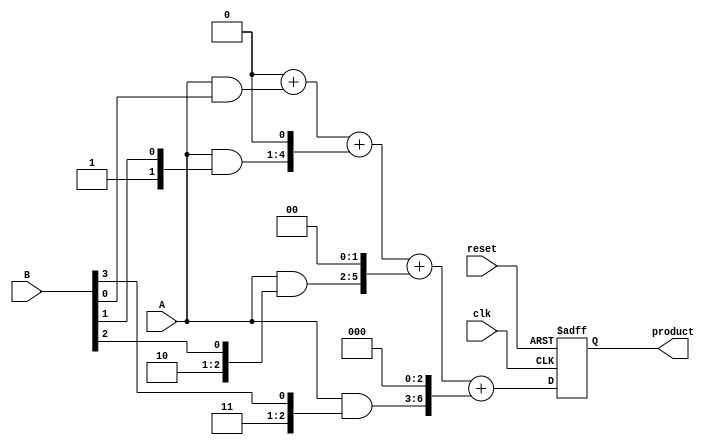
module radix2_multiplier #(parameter n = 4) (
    input [n-1:0] A,      // First operand
    input [n-1:0] B,      // Second operand
    input clk,            // Clock signal
    input reset,          // Reset signal
    output reg [2*n-1:0] product // Product output
);

// Internal signals
reg [2*n-1:0] partial_products [0:n-1]; // Array for storing partial products
reg [2*n-1:0] sum;                        // Accumulator for summing partial products
integer i;

// Reset logic
always @(posedge clk or posedge reset) begin
    if (reset) begin
        product <= 0;
        sum <= 0;
    end else begin
        // Generate partial products
        for (i = 0; i < n; i = i + 1) begin
            partial_products[i] = A & { {n{i}}, B[i] }; // AND with shifted version of A
            // Shift the partial product according to the bit position
            partial_products[i] = partial_products[i] << i;
        end

        // Initialize sum to zero
        sum = 0;

        // Sum up all partial products
        for (i = 0; i < n; i = i + 1) begin
            sum = sum + partial_products[i];
        end

        // Assign the final product
        product <= sum;
    end
end

endmodule